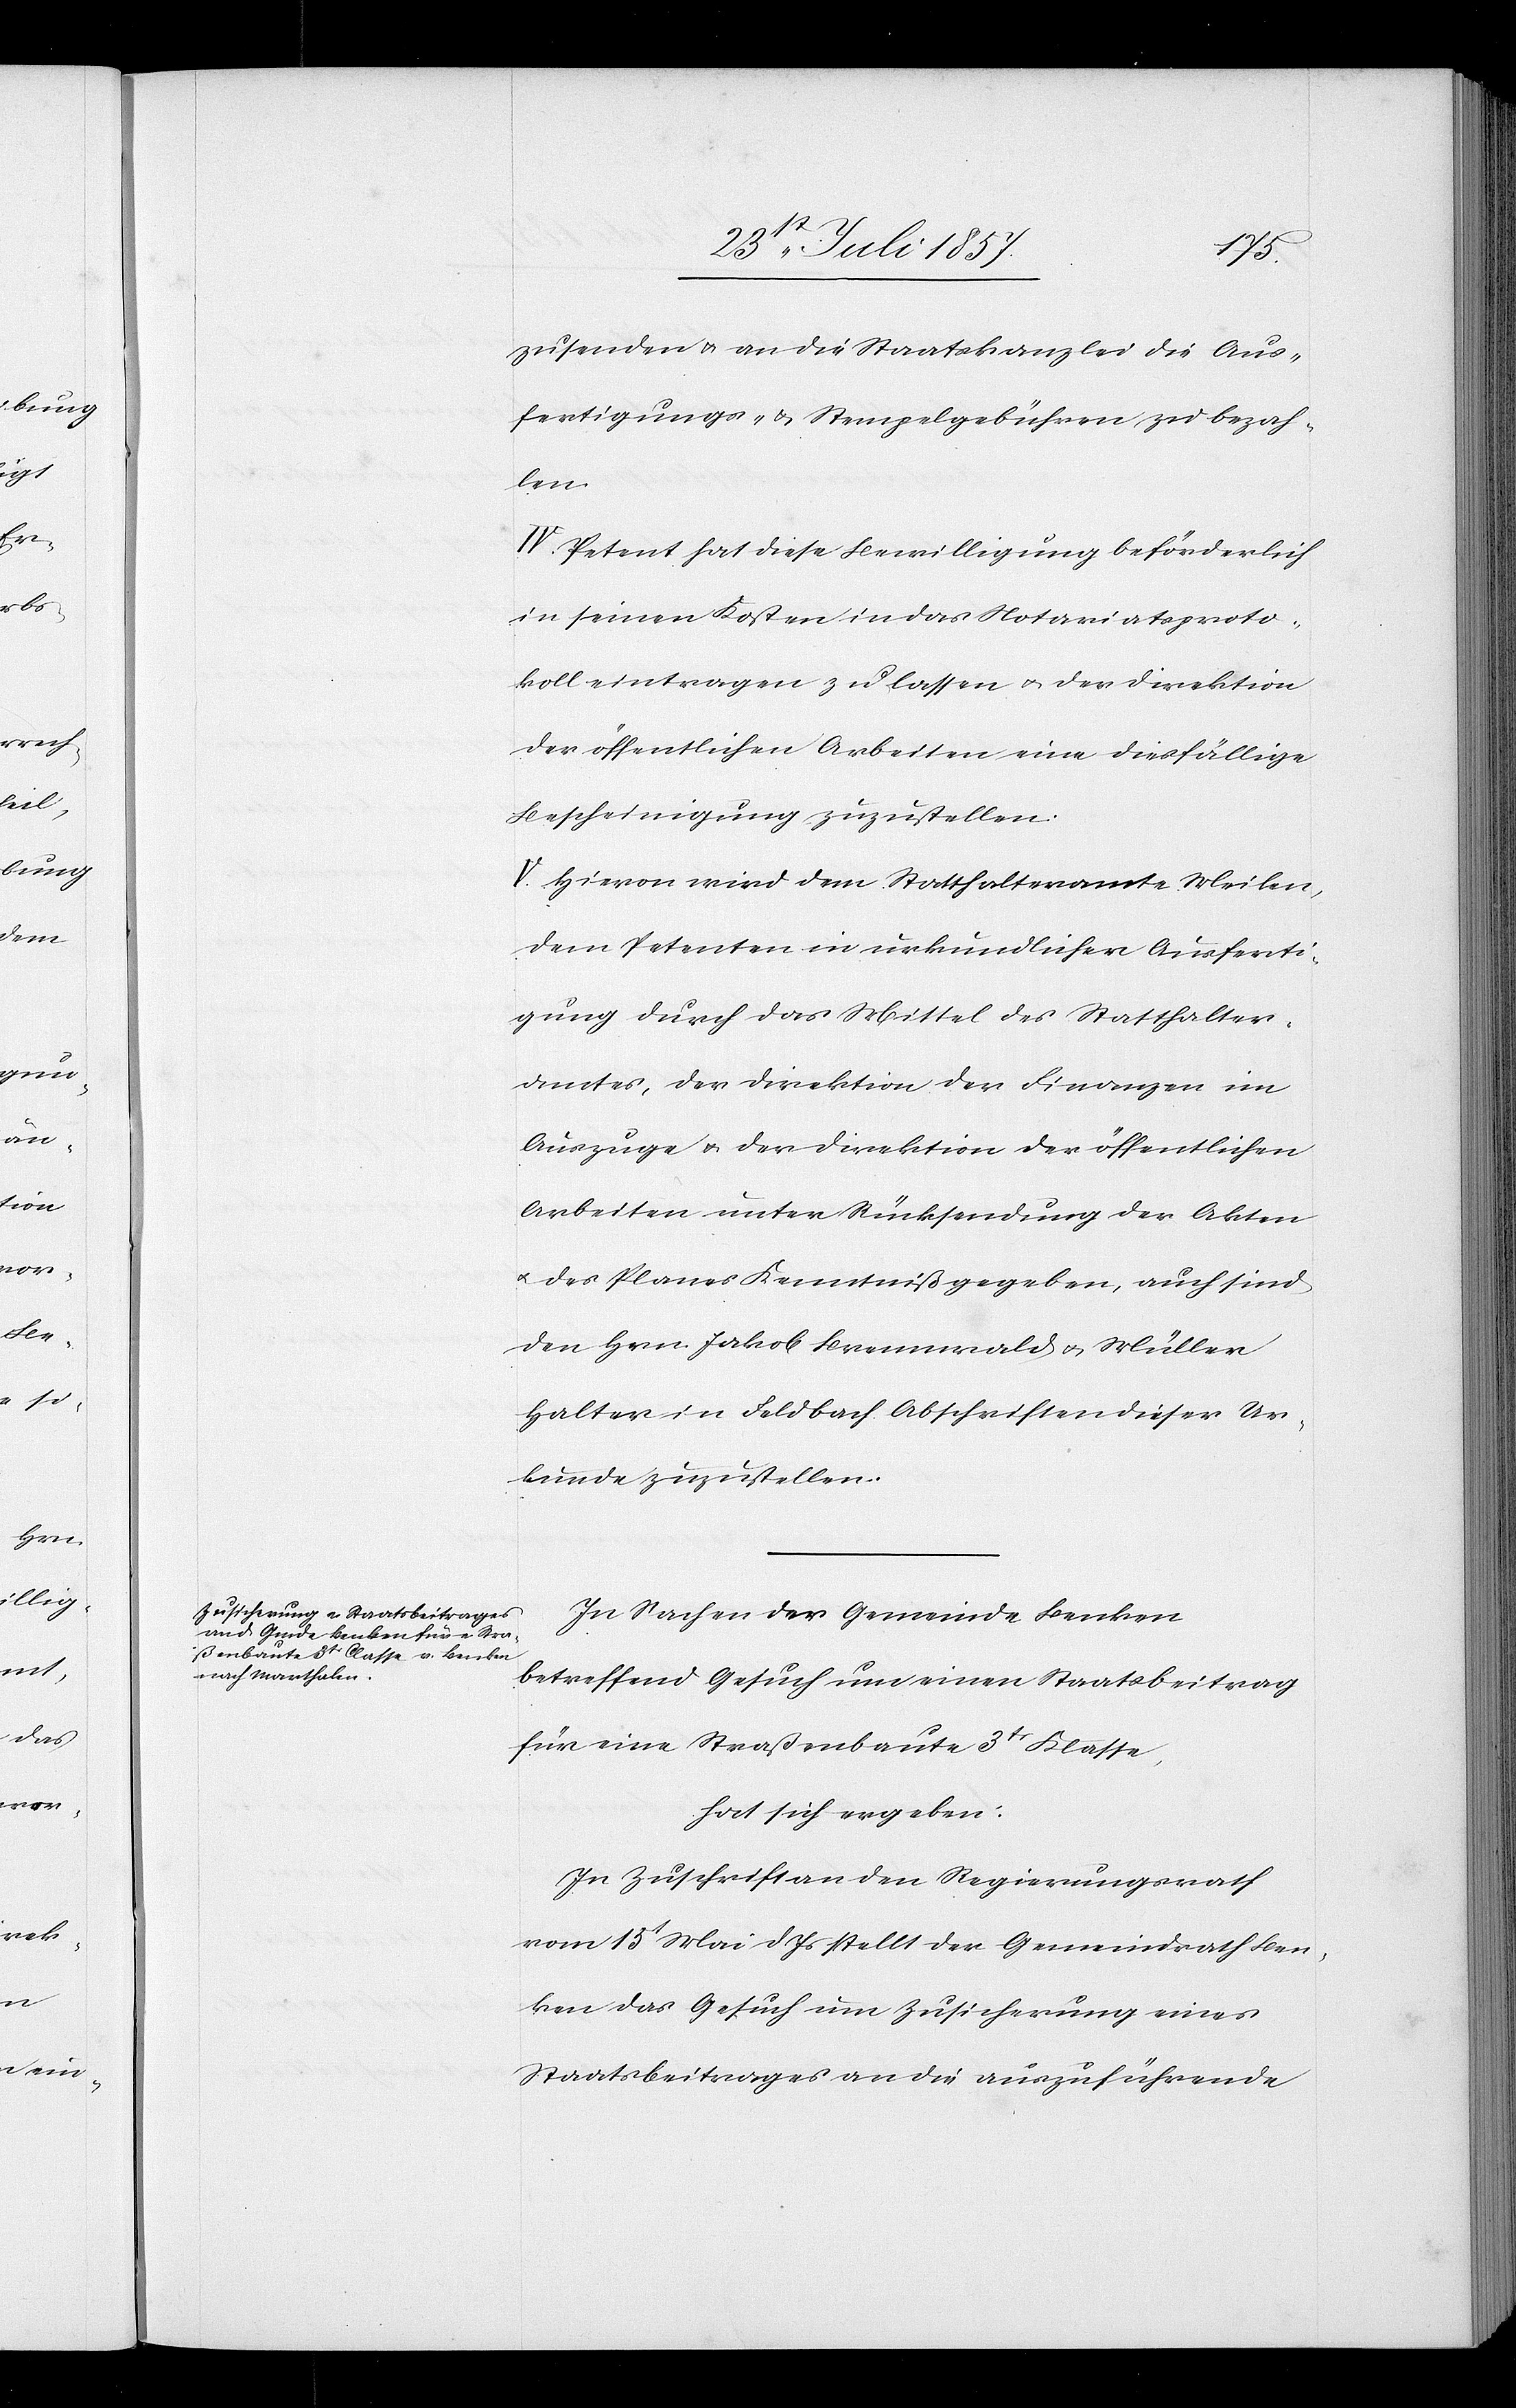
In Sachen der Gemeinde Benken
betreffend Gesuch um einen Staatsbeitrag
für eine Straßenbaute 3tr Klasse,
hat sich ergeben:
In Zuschrift an den Regierungsrath
vom 15t Mai d. Js. stellt der Gemeindrath Ben¬
ken das Gesuch um Zusicherung eines
Staatsbeitrages an die auszuführende